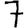
Digit: 7